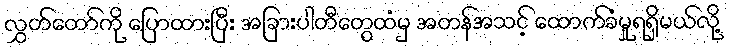
လွှတ်တော်ကို ပြောထားပြီး အခြားပါတီတွေထံမှ အတန်အသင့် ထောက်ခံမှုရရှိမယ်လို့